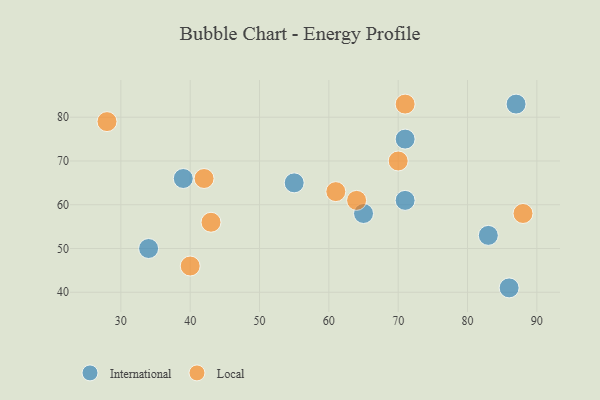
{"axis": {"x": "GDP", "y": "Life Expectancy"}, "legend": ["International", "Local"], "data": [{"x": "34", "y": 50, "type": "International"}, {"x": "65", "y": 58, "type": "International"}, {"x": "39", "y": 66, "type": "International"}, {"x": "83", "y": 53, "type": "International"}, {"x": "71", "y": 61, "type": "International"}, {"x": "71", "y": 75, "type": "International"}, {"x": "55", "y": 65, "type": "International"}, {"x": "87", "y": 83, "type": "International"}, {"x": "86", "y": 41, "type": "International"}, {"x": "88", "y": 58, "type": "Local"}, {"x": "71", "y": 83, "type": "Local"}, {"x": "40", "y": 46, "type": "Local"}, {"x": "64", "y": 61, "type": "Local"}, {"x": "42", "y": 66, "type": "Local"}, {"x": "28", "y": 79, "type": "Local"}, {"x": "43", "y": 56, "type": "Local"}, {"x": "61", "y": 63, "type": "Local"}, {"x": "70", "y": 70, "type": "Local"}]}